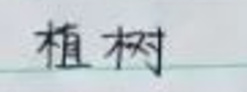
植树